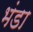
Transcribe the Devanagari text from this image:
भंडा